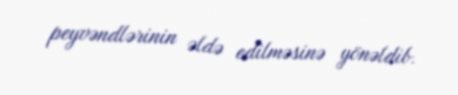
peyvəndlərinin əldə edilməsinə yönəldib.